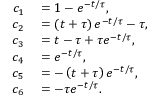
\begin{array} { r l } { c _ { 1 } } & { { } = 1 - e ^ { - t / \tau } , } \\ { c _ { 2 } } & { { } = \left( t + \tau \right) e ^ { - t / \tau } - \tau , } \\ { c _ { 3 } } & { { } = t - \tau + \tau e ^ { - t / \tau } , } \\ { c _ { 4 } } & { { } = e ^ { - t / \tau } , } \\ { c _ { 5 } } & { { } = - \left( t + \tau \right) e ^ { - t / \tau } , } \\ { c _ { 6 } } & { { } = - \tau e ^ { - t / \tau } . } \end{array}